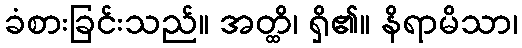
ခံစားခြင်းသည်။ အတ္ထိ၊ ရှိ၏။ နိရာမိသာ၊